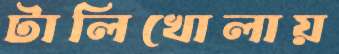
টালিখোলায়